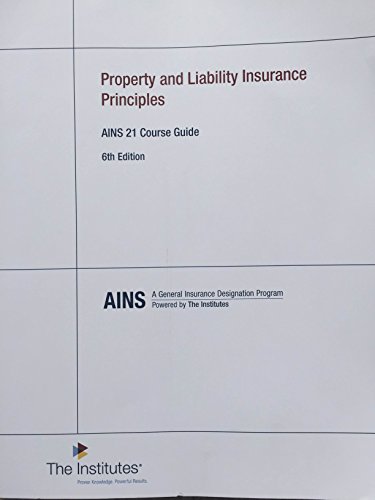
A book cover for Property and Liability Insurance Principles: AINS 21 Course Guide (AINS 21, The Institutes); The Institutes; Business & Money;